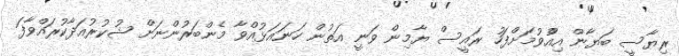
ރިޔާސީ ބަޔާން އިއްުވުމަށްފަހު ރައީސް ޔާމިން ވަނީ އަތުން ހަނައަޅުއްވާ މެންބަރުންނަށް ޝުކުރުއަދާކުރައްވާފަ